Alphabetical list of drugs, medicines and other preparations free from, and containing, spirit compiled from the results of tests made by the customs houses at Calcutta, Bombay, and Madras
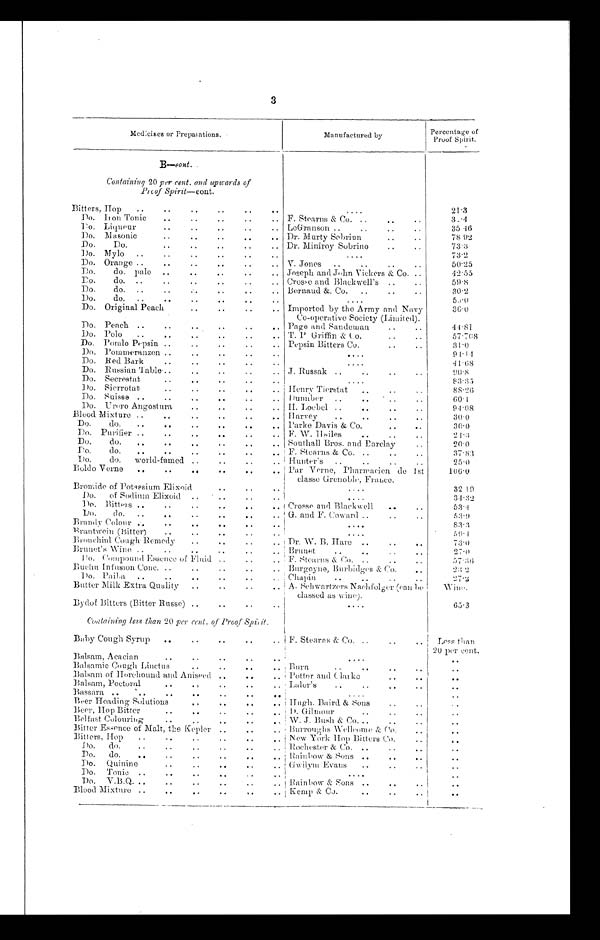
3
Medicines or Preparations.
Manufactured by
Percentage of
Proof Spirit.
B—cont.
Containing 20 per cent. and upwards of
Proof Spirit—cont.
Bitters. Hop
2 1 . 3
D o . I r o n
T o n i c
F. Stearns & Co.
3.4
Do. L i q u e u r LeGranson
35.46
D o . M a s o n i c
Dr. Murty Sobriun
78.92
Do. Do
Dr. Miniroy Sobrino
73.3
Do. Mylo
73.2
D o . O r a n g e
V. Jones
50.25
D o . d o . p a l e
Joseph and John Vickers & Co
4 2 . 5 5
Do. do.
Crosse
and Blackwell's
59.8
Do. do.
Bernaud &. Co.
30.2
Do. do.
53.0
Do. Original Peach Imported by the Army and Navy
Co-operative Society (Limited).
36.0
Do. Peach
Page and Sandeman
44.81
Do. Polo
T. P Griffin & Co.
57.708
o o. Pomlo Pepsin
Pepsin Bitters Co.
31.0
Do. Pommeranzen
94.14
Do. Red Bark
41.68
Do. R ussian Table
J. Russak
9 0 . 8
Do. Secrestat
83.35
Do. Sierrotat Henry Tierstat
88.26
Do. Suisse
Dunnber
60.1
Do. Uroro Angostura
H. Loebel
94.08
Blood Mixture
Harvey
30.0
D o . d o .
Parke Davis & Co.
30.0
Do. Purifier F. W. Hailes
21.3
Do. do.
Southall Bros. and Barclay
20.0
Do. do.
F. Stearns & Co.
37.83
Do. do. world-famed
Hunter's
25.0
Boldo Verne
Par Verne, Pharmaeien de 1st
classe Grenoble, France.
106.0
Bromide of Potassium Elixoid
32.19
Do. of Sodium Elixoid
34.32
Do. Bitters Crosse and Blackwell
53.4
Do. do.
G. and F. Coward
5 3 . 9
Brandy Colour
83.3
Brantwein (Bitter)
5 9 . 4
Bronchial Cough Remedy
D r . W
. B . H a r e
73.0
Brunet's Wine
Brunet
27.0
D o . C o m p o u n d E s s e n e e o f F l u i d
F. Stearns & Co.
5 7 . 3 6
B u e h u I n f u s i o n C o n e .
Burgoyne, Burbidges & Co.
2 3 . 2
D o . P a i b a
Chapin
2 7 . 2
Butter Milk Extra Quality
A. Sehwartzers N aehfolger (can be
classed as wine).
Wine.
Bydof Bitters (Bitter Russe)
65.3
Containing less than 20 per cent. of Proof Spirit.
Baby Cough Syrup F. Stearns & Co.
Less than
20 per cent.
Balsam, Acacian
Balsamic Cough Linctus Burn
Balsam of Horehound and Aniseed
Potter and Clarke
Balsam, Pectoral
L a l o r ' s
Bassara
Beer Heading Solutions Hugh. Baird & Sons
Beer, Hop Bitter
D . G i l m o u r
Belfast Colouring W. J. Bush & Co.
Bitter Essence of Malt, the Kepler
Burroughs Wellcome & Co.
B i t t e r s , H o p
New York Hop Bitters Co.
Do. do. Rochester & Co.
Do. do.
Rainbow & Sons
D o . Q u i n i n e .
Gwilym Evans
Do. Tonic
Do. V.B.Q.
Rain bow & Sons
Blood Mixture
Kemp & Co.